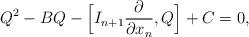
LaTeX: \begin{align*} Q^2 - BQ - \Bigl[I_{n+1} \frac{\partial }{\partial x_n},Q\Bigr] + C = 0,\end{align*}